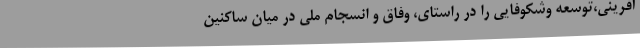
آفرینی،توسعه وشکوفایی را در راستای، وفاق و انسجام ملی در میان ساکنین